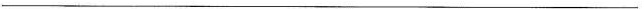
___